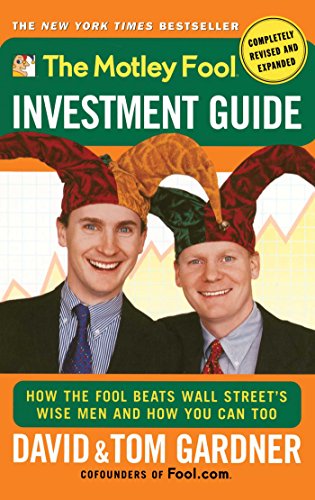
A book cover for The Motley Fool Investment Guide: How The Fool Beats Wall Street's Wise Men And How You Can Too; David Gardner; Humor & Entertainment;